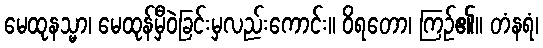
မေထုနသ္မာ၊ မေထုန်မှီဝဲခြင်းမှလည်းကောင်း။ ဝိရတော၊ ကြဉ်၏။ တံနရံ၊